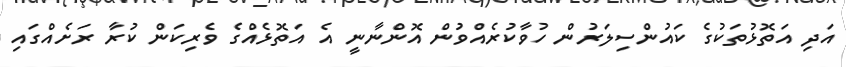
އަދި އަތޮޅުތަކުގެ ކައުންސިލަރުން ހުވާކުރެއްވުން އޮންނާނީ އެ އަތޮޅެއްގެ ވެރިކަން ކުރާ ރަށެއްގައި